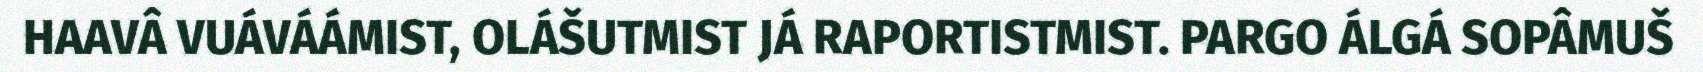
HAAVÂ VUÁVÁÁMIST, OLÁŠUTMIST JÁ RAPORTISTMIST. PARGO ÁLGÁ SOPÂMUŠ